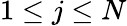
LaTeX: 1\leq j\leq N